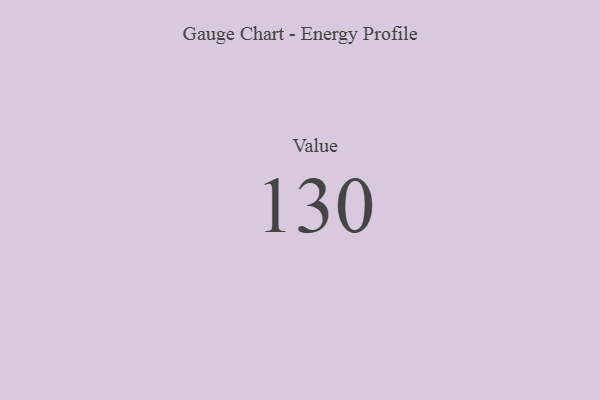
{"axis": {"x": "Metric", "y": "Value"}, "legend": [""], "data": [{"x": "Value", "y": 130, "type": ""}]}